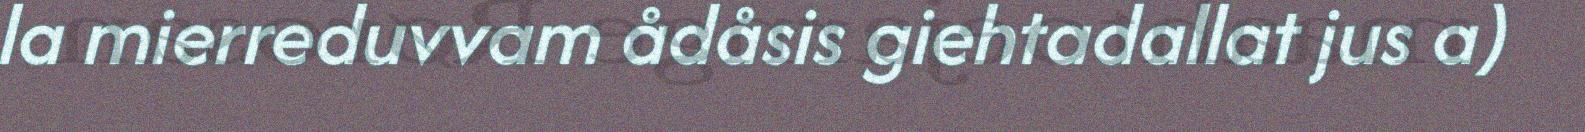
la mierreduvvam ådåsis giehtadallat jus a)